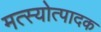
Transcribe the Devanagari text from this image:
मत्स्योत्पादक